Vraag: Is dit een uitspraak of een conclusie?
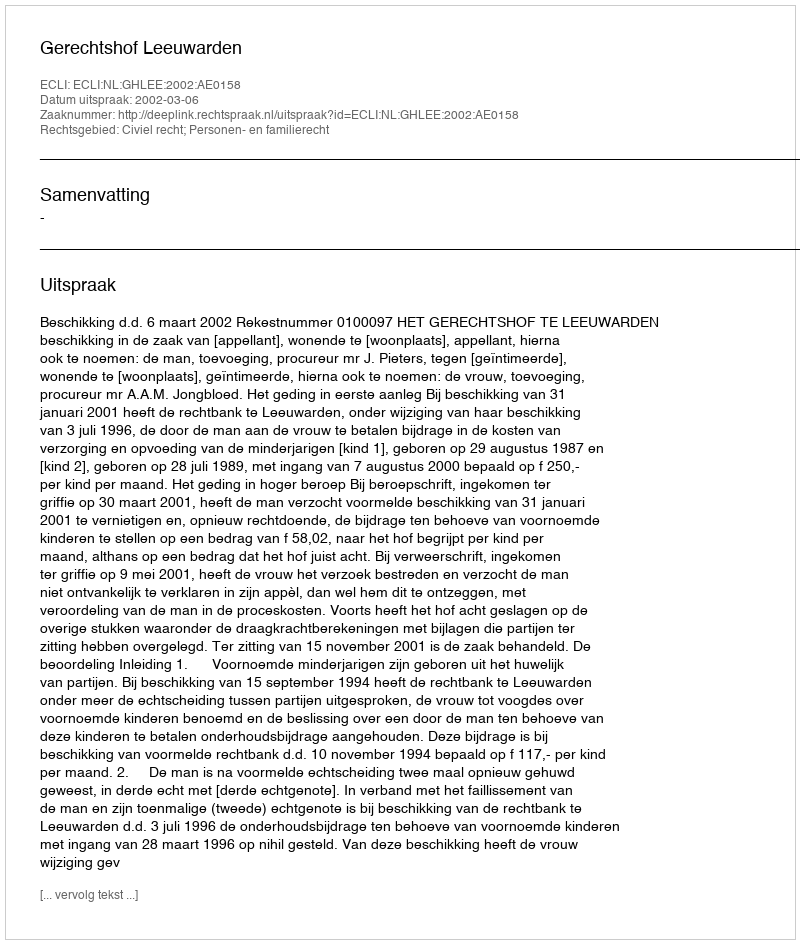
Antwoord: Uitspraak